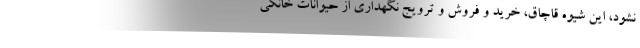
نشود، این شیوه قاچاق، خرید و فروش و ترویج نگهداری از حیوانات خانگی